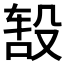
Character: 𬆦